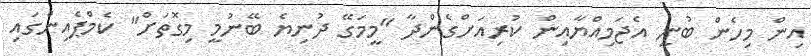
އިން މިހެން ބުނީ އެޖަމިއްޔާއިން ކުރިއަށްގެންދާ "މީމަގޭ ދުނިޔެ ބޭނުމީ މިގޮތަށް" ކެމްޕެއިންގައި